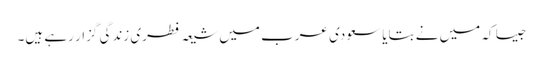
جیسا کہ میں نے بتایا سعودی عرب میں شیعہ فطری زندگی گزار رہے ہیں۔